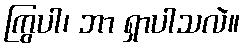
ကြွပါ၊ ဘာ ရှာပါသလဲ။